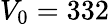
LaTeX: V_{\mathrm{0}}=332